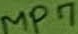
Text: MP7